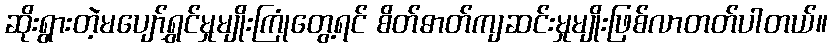
ဆိုးရွားတဲ့မပျော်ရွှင်မှုမျိုးကြုံတွေ့ရင် စိတ်ဓာတ်ကျဆင်းမှုမျိုးဖြစ်လာတတ်ပါတယ်။